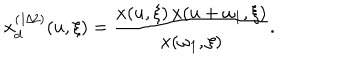
LaTeX: x _ { d } ^ { ( 1 / 2 ) } ( u , \xi ) = { \frac { x ( u , \xi ) \, x ( u + \omega _ { 1 } , \xi ) } { x ( \omega _ { 1 } , \xi ) } } .